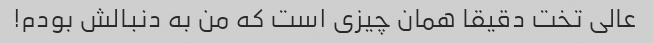
عالی تخت دقیقا همان چیزی است که من به دنبالش بودم!